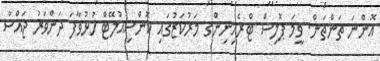
އޮންނަ ތަންތަން. ވީމަ ޕޮލިސް ޓްރެއިނިންގ މަރުކަޒުގައި ކޮންސިއުލޭޓް ހުޅުވާފަ ދަންވަރު ޖައްސާ